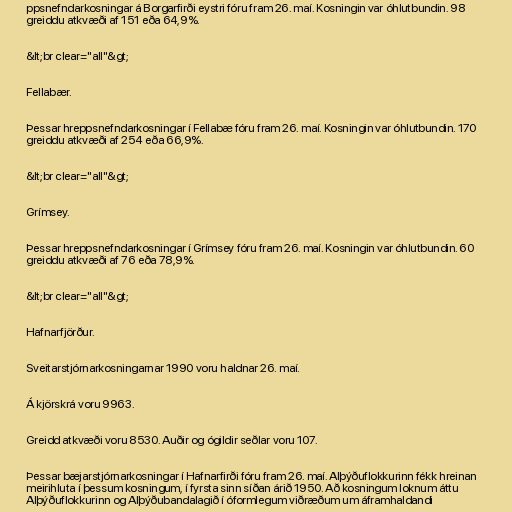
ppsnefndarkosningar á Borgarfirði eystri fóru fram 26. maí. Kosningin var óhlutbundin. 98
greiddu atkvæði af 151 eða 64,9%.

&lt;br clear="all"&gt;

Fellabær.

Þessar hreppsnefndarkosningar í Fellabæ fóru fram 26. maí. Kosningin var óhlutbundin. 170
greiddu atkvæði af 254 eða 66,9%.

&lt;br clear="all"&gt;

Grímsey.

Þessar hreppsnefndarkosningar í Grímsey fóru fram 26. maí. Kosningin var óhlutbundin. 60
greiddu atkvæði af 76 eða 78,9%.

&lt;br clear="all"&gt;

Hafnarfjörður.

Sveitarstjórnarkosningarnar 1990 voru haldnar 26. maí.

Á kjörskrá voru 9963.

Greidd atkvæði voru 8530. Auðir og ógildir seðlar voru 107.

Þessar bæjarstjórnarkosningar í Hafnarfirði fóru fram 26. maí. Alþýðuflokkurinn fékk hreinan
meirihluta í þessum kosningum, í fyrsta sinn síðan árið 1950. Að kosningum loknum áttu
Alþýðuflokkurinn og Alþýðubandalagið í óformlegum viðræðum um áframhaldandi